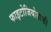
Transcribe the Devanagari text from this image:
फाइटोजियोग्राफी